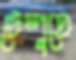
টেম্পুতে